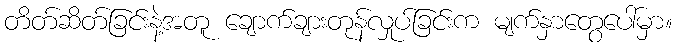
တိတ်ဆိတ်ခြင်းနဲ့အတူ ချောက်ချားတုန်လှုပ်ခြင်းက မျက်နှာတွေပေါ်မှာ။